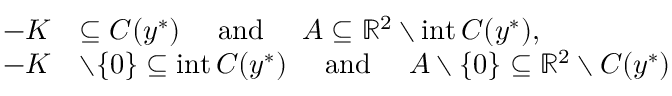
\begin{array} { r l } { - K } & { \subseteq C ( y ^ { * } ) \quad \mathrm { ~ a n d ~ } \quad A \subseteq \mathbb { R } ^ { 2 } \setminus \mathrm { i n t } \, C ( y ^ { * } ) , } \\ { - K } & { \setminus \{ 0 \} \subseteq \mathrm { i n t } \, C ( y ^ { * } ) \quad \mathrm { ~ a n d ~ } \quad A \setminus \{ 0 \} \subseteq \mathbb { R } ^ { 2 } \setminus C ( y ^ { * } ) } \end{array}